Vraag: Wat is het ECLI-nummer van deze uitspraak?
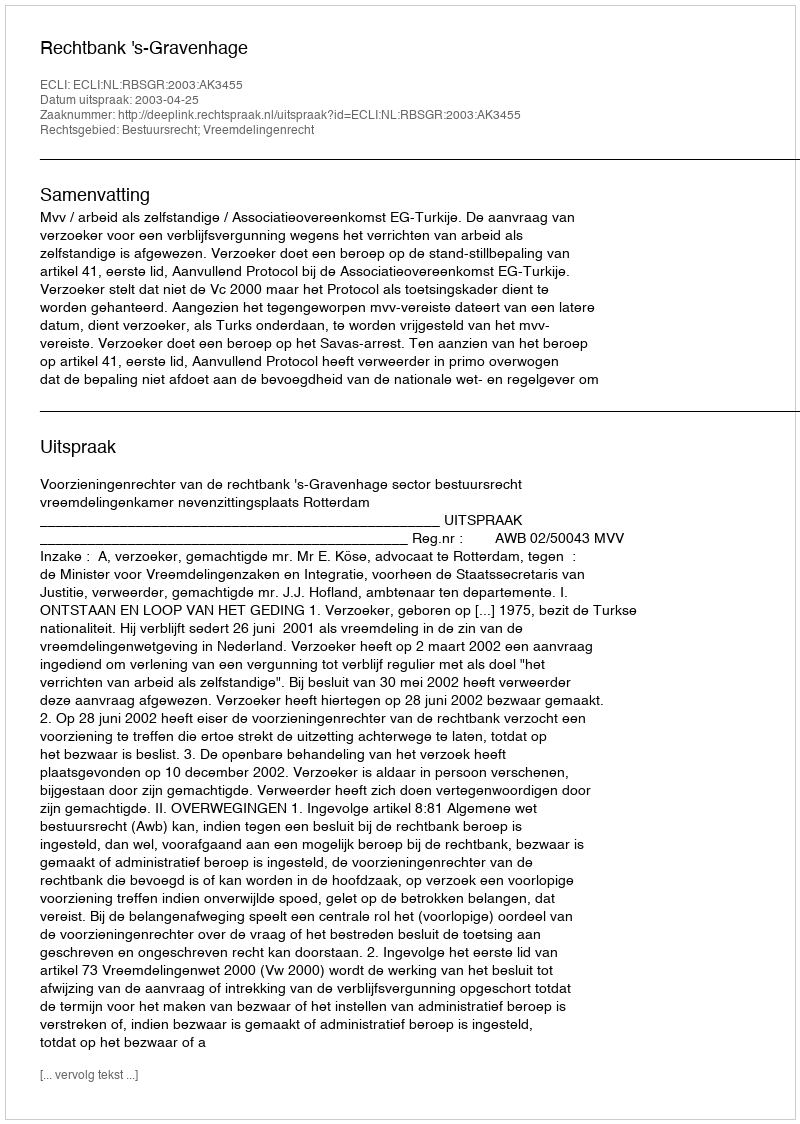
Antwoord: ECLI:NL:RBSGR:2003:AK3455